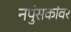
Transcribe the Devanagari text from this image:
नपुंसकांवर